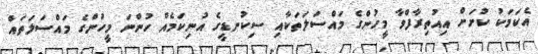
އެކަމަކު ކުށަށް އިއުތިރާފްވާ މީހުންގެ މައްސަލަތަކާއި ސިިކުނޑީގެ އުނިކަމެއް ހުންނަ މީހުންގެ މައްސަލަތައް